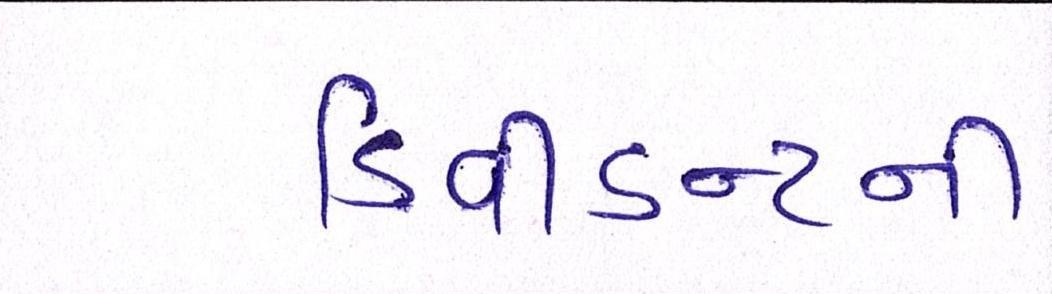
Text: ડિવીડન્ટની